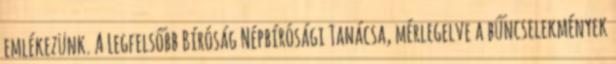
emlékezünk. A Legfelsőbb Bíróság Népbírósági Tanácsa, mérlegelve a bűncselekmények